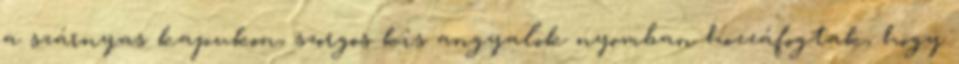
a szárnyas kapukon, szorgos kis angyalok nyomban hozzáfogtak, hogy